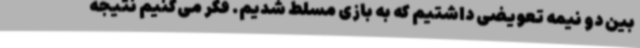
بین دو نیمه تعویضی داشتیم که به بازی مسلط شدیم. فکر می‌کنیم نتیجه